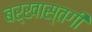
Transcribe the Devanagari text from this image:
बर्खास्‍तगी